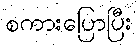
စကားပြောပြီး